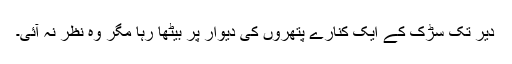
دیر تک سڑک کے ایک کنارے پتھروں کی دیوار پر بیٹھا رہا مگر وہ نظر نہ آئی۔